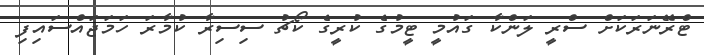
ޓްރޭނަރަކަށް ސްރީ ލަންކާ ގައުމީ ޓީމުގެ ކުރީގެ ކޯޗު ސިސިރާ ކުމާރަ ހަމަޖައްސައިފި